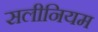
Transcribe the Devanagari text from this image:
सलीनियम